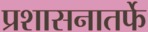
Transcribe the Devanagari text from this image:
प्रशासनातर्फे